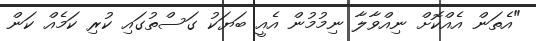
"އެތަން އެއްކޮށް ނިއްވާލާ ނިމުމުން އެއީ ބަޔަކު ގަސްތުގައި ކުރި ކަމެއް ކަން